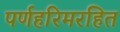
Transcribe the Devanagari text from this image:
पर्णहरिमरहित